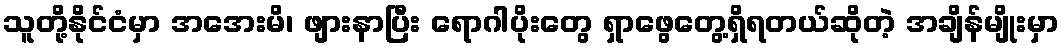
သူတို့နိုင်ငံမှာ အအေးမိ၊ ဖျားနာပြီး ရောဂါပိုးတွေ ရှာဖွေတွေ့ရှိရတယ်ဆိုတဲ့ အချိန်မျိုးမှာ